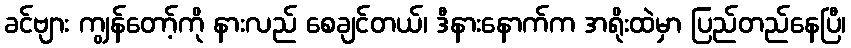
ခင်ဗျား ကျွန်တော့်ကို နားလည် စေချင်တယ်၊ ဒီနားနောက်က အရိုးထဲမှာ ပြည်တည်နေပြီ၊